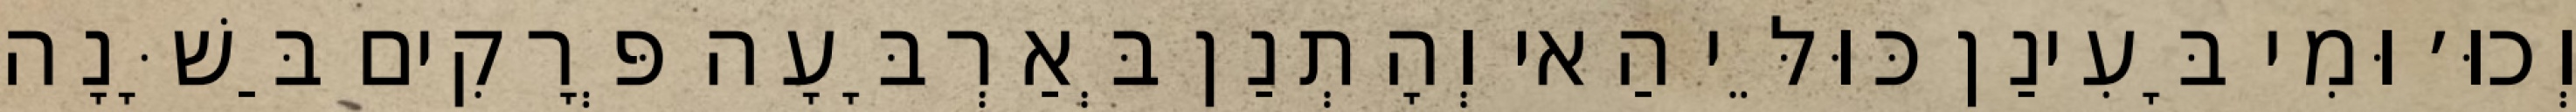
וְכוּ׳ וּמִי בָּעִינַן כּוּלֵּי הַאי וְהָתְנַן בְּאַרְבָּעָה פְּרָקִים בַּשָּׁנָה